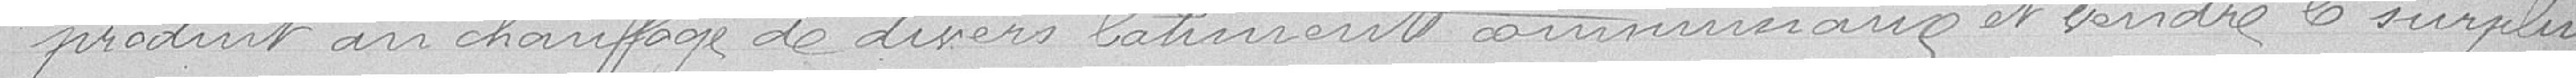
produit au chauffage de divers bâtiments communaux et vendre le surplus